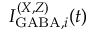
I _ { \mathrm { G A B A } , i } ^ { ( X , Z ) } ( t )